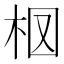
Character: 𣐏